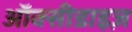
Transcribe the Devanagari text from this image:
ऑक्सीडाइज़